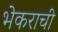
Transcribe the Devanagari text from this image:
भेकराची